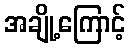
အချို့ကြောင့်